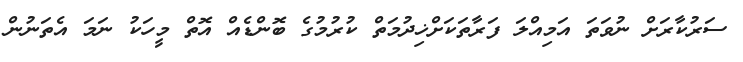
ސަރުކާރަށް ނުވަތަ އަމިއްލަ ފަރާތަކަށްޚިދުމަތް ކުރުމުގެ ބޮންޑެއް އޮތް މީހަކު ނަމަ އެތަނުން